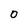
Character: O